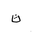
Letter: _tha